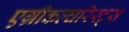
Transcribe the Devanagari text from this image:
एग्रीकल्चरिस्ट्स